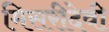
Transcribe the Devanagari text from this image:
मिसरीदेवी